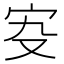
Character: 𡧌